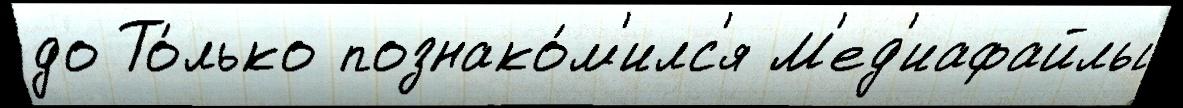
до То́лько познако́м'илс'я М'ед'иафайлы